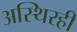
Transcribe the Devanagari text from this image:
अस्थिरही